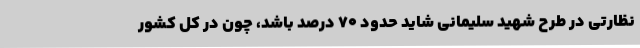
نظارتی در طرح شهید سلیمانی شاید حدود ۷۰ درصد باشد، چون در کل کشور